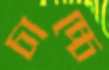
চাচ্চে